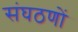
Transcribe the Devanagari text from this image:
संघठणों